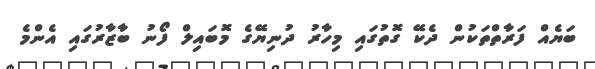
ބަޔެއް ފަރާތްތަކުން ދެކޭ ގޮތުގައި މިހާރު ދުނިޔޭގެ މޮބައިލް ފޯނު ބާޒާރުގައި އެންމެ